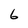
Character: 6